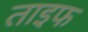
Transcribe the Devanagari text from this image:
ताइफ